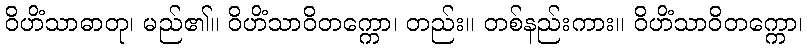
ဝိဟိံသာဓာတု၊ မည်၏။ ဝိဟိံသာဝိတက္ကော၊ တည်း။ တစ်နည်းကား။ ဝိဟိံသာဝိတက္ကော၊